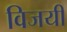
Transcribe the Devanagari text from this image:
विजयीं